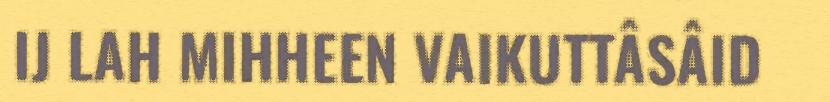
IJ LAH MIHHEEN VAIKUTTÂSÂID